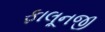
ફાલૂનજી